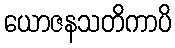
ယောဇနသတိကာပိ